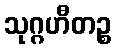
သုဂ္ဂဟီတဉ္စ